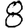
Digit: 8